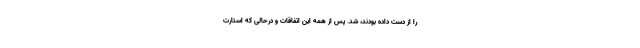
را از دست داده بودند، شد. پس از همه این اتفاقات و درحالی که استارت